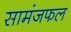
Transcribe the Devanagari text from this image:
सामंजफल